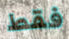
فقط